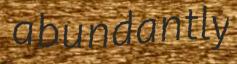
abundantly